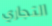
التجاري